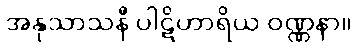
အနုသာသနီ ပါဋိဟာရိယ ဝဏ္ဏနာ။